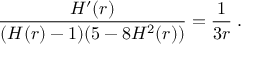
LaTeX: \frac { H ^ { \prime } ( r ) } { ( H ( r ) - 1 ) ( 5 - 8 H ^ { 2 } ( r ) ) } = \frac { 1 } { 3 r } \; .